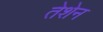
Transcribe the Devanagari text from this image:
तेशेन